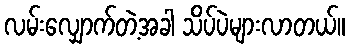
လမ်းလျှောက်တဲ့အခါ သိပ်ပဲများလာတယ်။